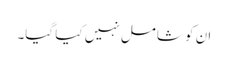
ان کو شامل نہیں کیا گیا۔